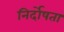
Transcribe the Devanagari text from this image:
निर्दोषता